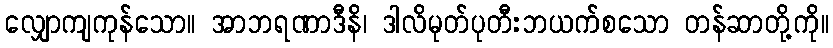
လျှောကျကုန်သော။ အာဘရဏာဒီနိ၊ ဒါလိမုတ်ပုတီးဘယက်စသော တန်ဆာတို့ကို။